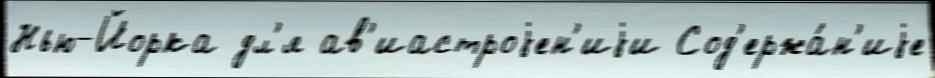
Нью-Йорка дл'я ав'иастроjен'иjи Сод'ержа́н'иjе